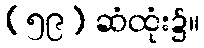
(၅၉) ဆံထုံး၌။